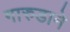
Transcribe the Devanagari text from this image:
गारुडाने